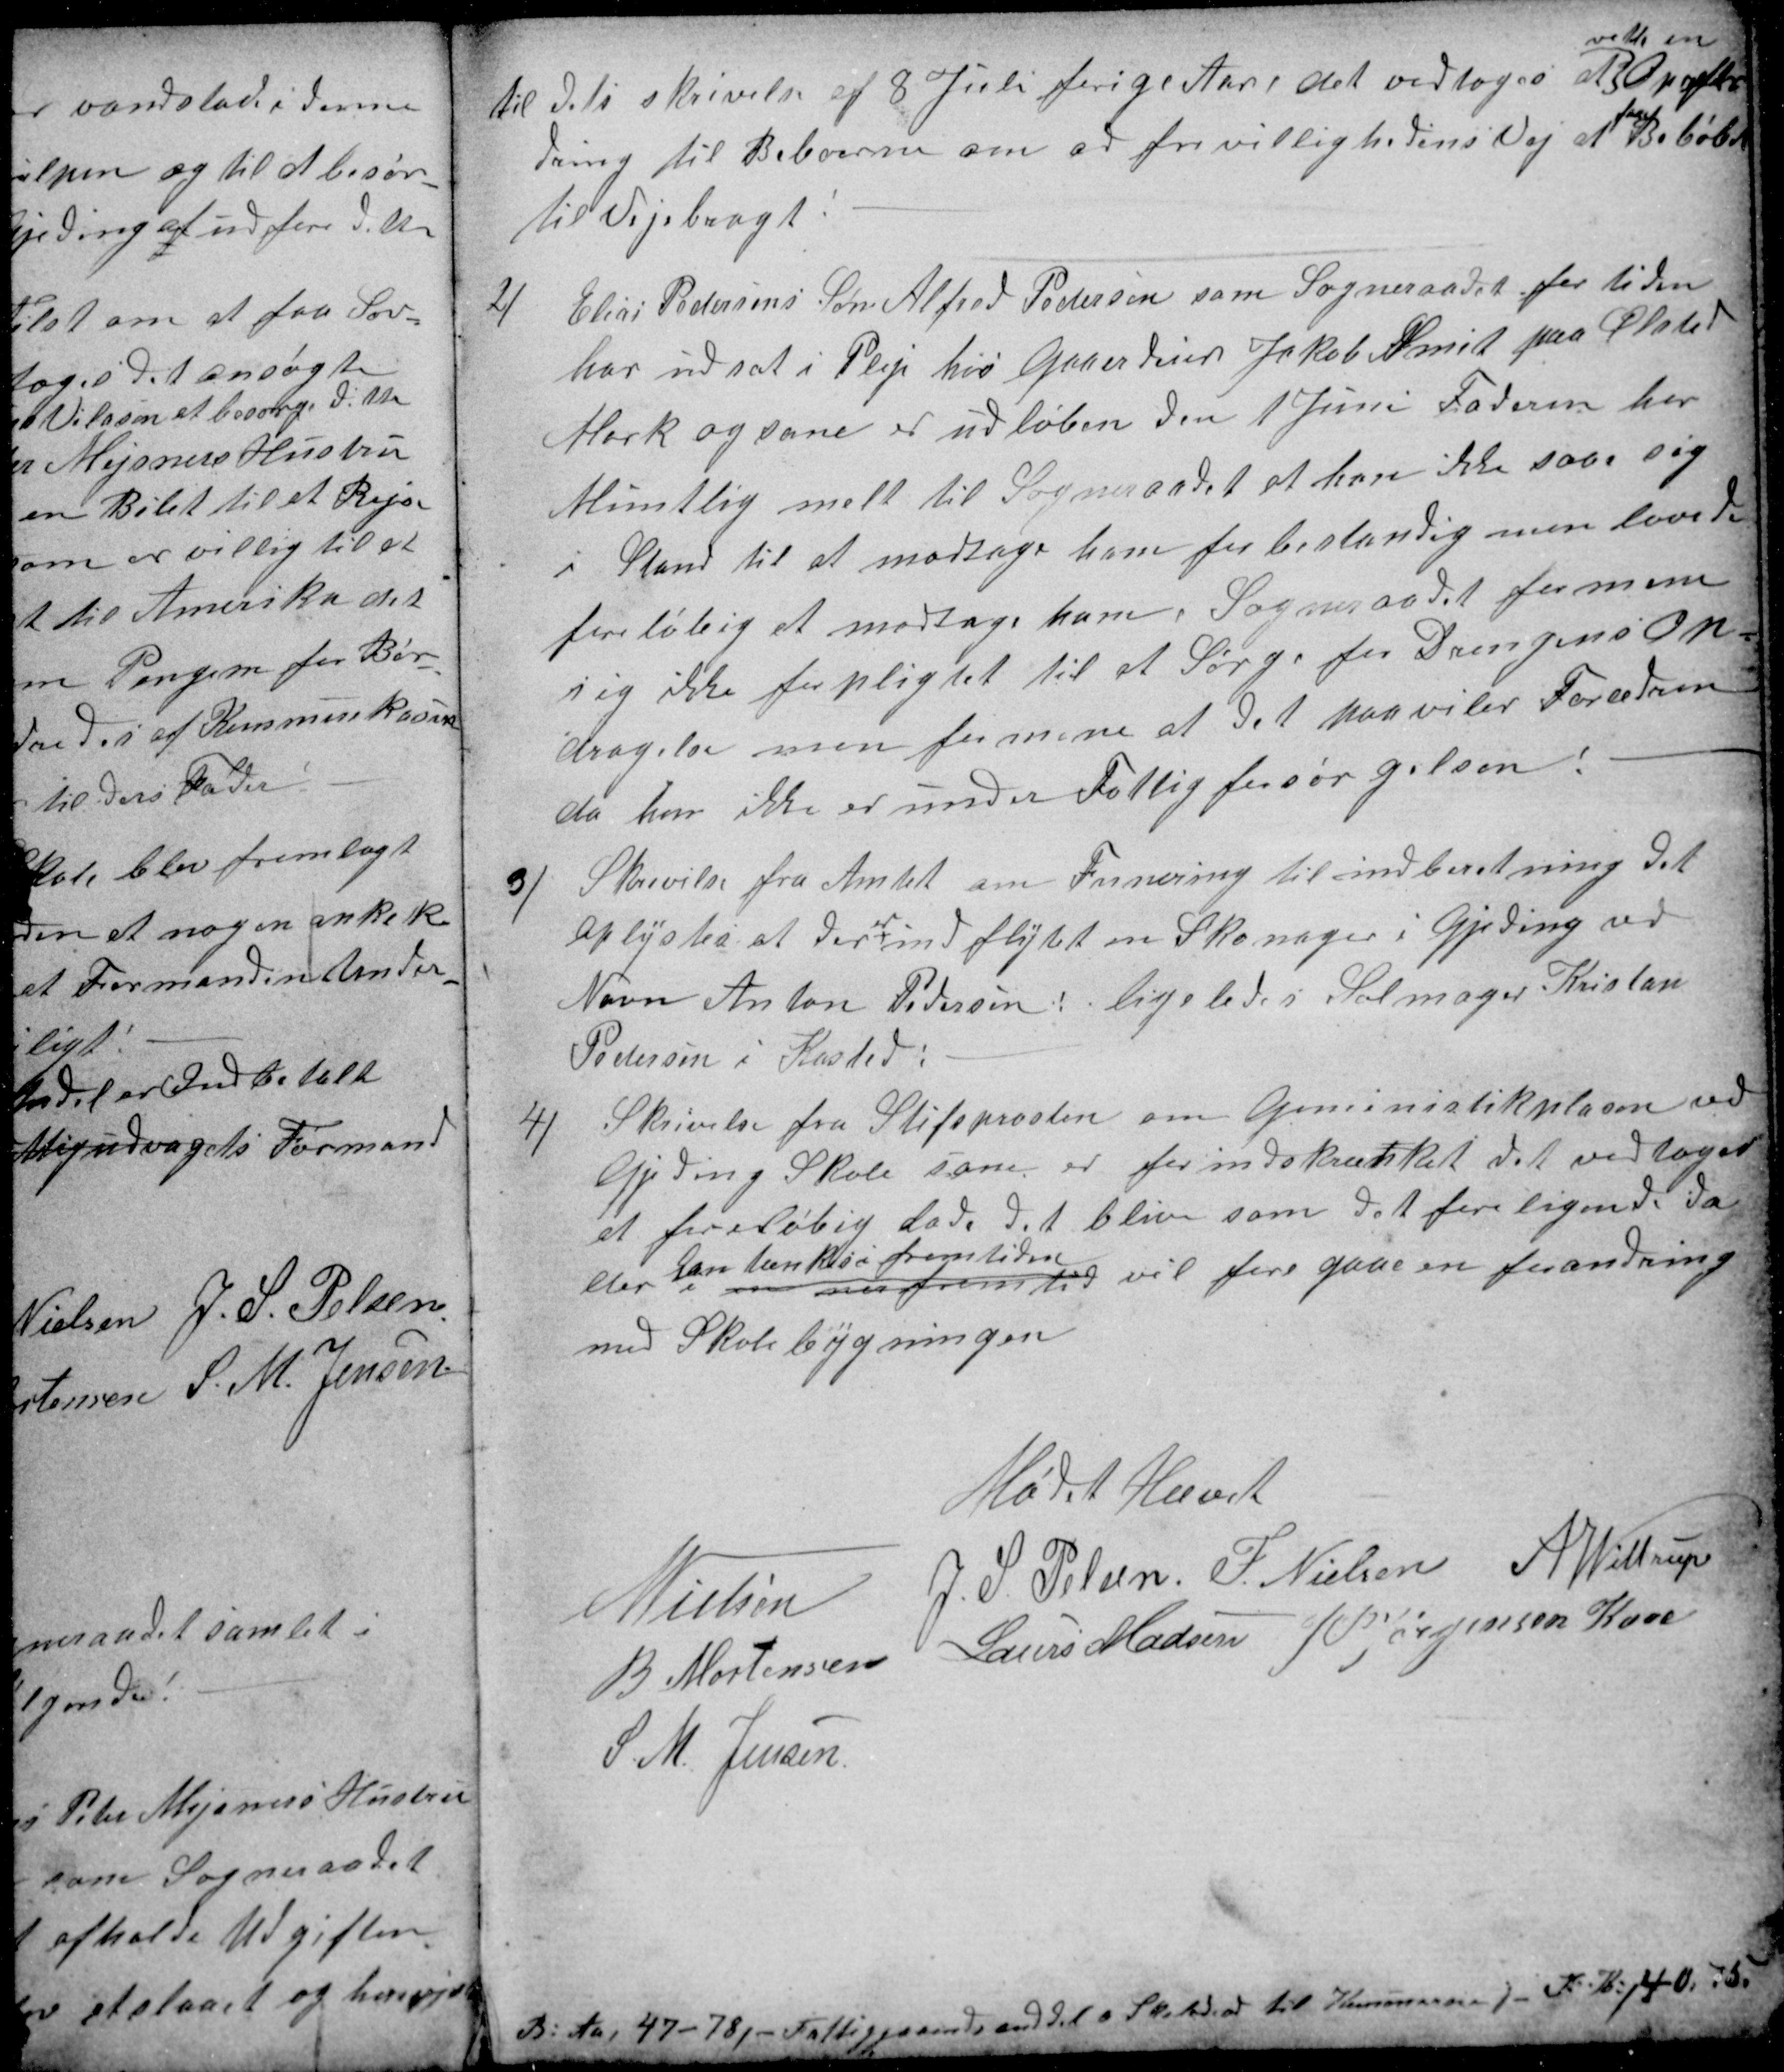
Transskription:
til dets skrivelse af 8 Juli forige Aar i det vedtoges at
rette en
Opfor
dring til Beboerne om ad frivillighedens Vej at
faa
Beløbet
til Vejebragt
2)
Elias Pedersens Søn Alfred Pedersen som Sogneraadet for tiden
har udsat i Pleje hos Gaaerdeier Jakob Smit paa Ølsted
Mark og som er udløben den 1 Juni Faderen har
Muntlig melt til Sogneraadet at han ikke saa sig
i Stand til at modtage ham for bestandig men lovede
foreløbig at modtage ham. Sogneraadet formene
sig ikke forpligtet til at Sørge for Drengens Op-
dragelse men formene at det paaviler Forældrene
da han ikke er under Fattigforsørgelsen!
3)
Skrivelse fra Amtet om Frinering til indberetning det
oplystes at der
er
indflytet en Skomager i Gjeding ved
Navn Anton Pedersen! ligeledes Salmager Kristan
Pedersen i Kasted:
4)
Skrivelse fra Stiftsprosten om Geministikplasen ved
Gjeding Skole som er for indskrænket det vedtoges
at foreløbig lade det blive som det foreligende da
der kan tænkes i fremtiden
i en ner fremtid vil fore gaae en forandring
med Skolebygningen
Mødet Hævet
N Nielsen
J. S. Pelsen
F. Nielsen
A Wittrup
B Mortensen
Laurs Madsen
J P Jørgensen Kaae
S. M. Jensen
B: Aa, 47-78/ - Fattiggaaerds anddel a  Skolelod til Kommunen J. K: / 40, 75